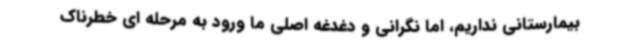
بیمارستانی نداریم، اما نگرانی و دغدغه اصلی ما ورود به مرحله ای خطرناک